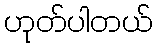
ဟုတ်ပါတယ်